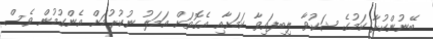
ބޭނުންކުރާ ކަމުގެ ޝަކުވާ ލިބިފައިވާ ކަމަށާއި އެގޮތަށް އަމަލު ނުކުރުމަށް އެންގުމުން ވެސް